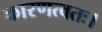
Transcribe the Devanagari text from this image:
कारणत्वतः।